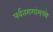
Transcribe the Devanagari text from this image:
पर्वतरागांमध्ये